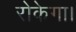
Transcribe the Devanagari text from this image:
रोकेगा।